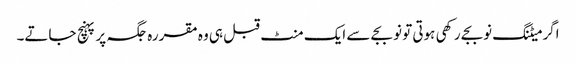
اگر میٹنگ نوبجے رکھی ہوتی تو نو بجے سے ایک منٹ قبل ہی وہ مقررہ جگہ پر پہنچ جاتے۔